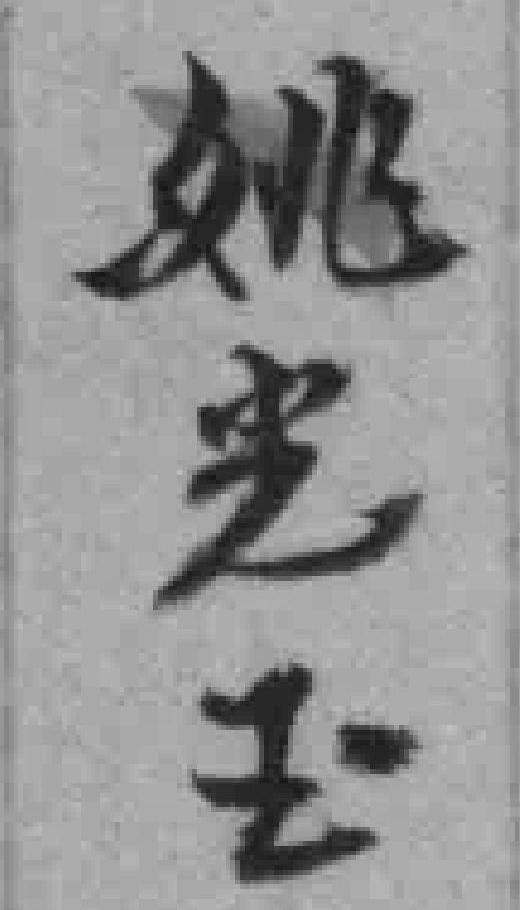
姚光玉